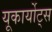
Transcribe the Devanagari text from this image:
यूकार्योट्स